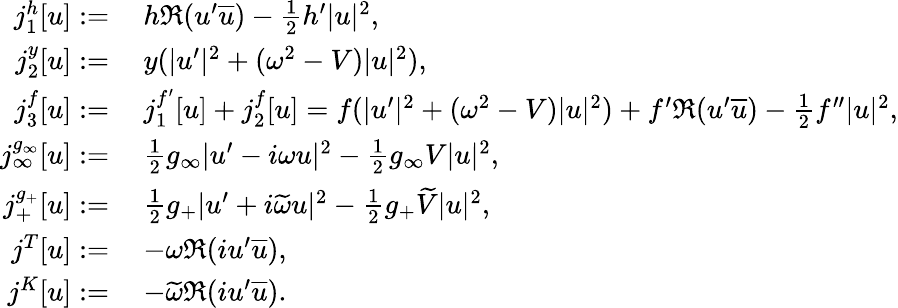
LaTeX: \begin{array}{rl}{j_{1}^{h}[u]:=}&{\: h\Re(u^{\prime}\overline{{u}})-\frac{1}{2}h^{\prime}|u|^{2},}\\ {j_{2}^{y}[u]:=}&{\: y(|u^{\prime}|^{2}+(\omega^{2}-V)|u|^{2}),}\\ {j_{3}^{f}[u]:=}&{\: j_{1}^{f^{\prime}}[u]+j_{2}^{f}[u]=f(|u^{\prime}|^{2}+(\omega^{2}-V)|u|^{2})+f^{\prime}\Re(u^{\prime}\overline{{u}})-\frac{1}{2}f^{\prime\prime}|u|^{2},}\\ {j_{\infty}^{g_{\infty}}[u]:=}&{\: \frac{1}{2}g_{\infty}|u^{\prime}-i\omega u|^{2}-\frac{1}{2}g_{\infty}V|u|^{2},}\\ {j_{+}^{g_{+}}[u]:=}&{\: \frac{1}{2}g_{+}|u^{\prime}+i\widetilde{\omega}u|^{2}-\frac{1}{2}g_{+}\widetilde{V}|u|^{2},}\\ {j^{T}[u]:=}&{\: -\omega\Re(iu^{\prime}\overline{{u}}),}\\ {j^{K}[u]:=}&{\: -\widetilde{\omega}\Re(iu^{\prime}\overline{{u}}).}\end{array}